Vaccination in Bombay 1863-1868 - 1863-1868
Year: 1863
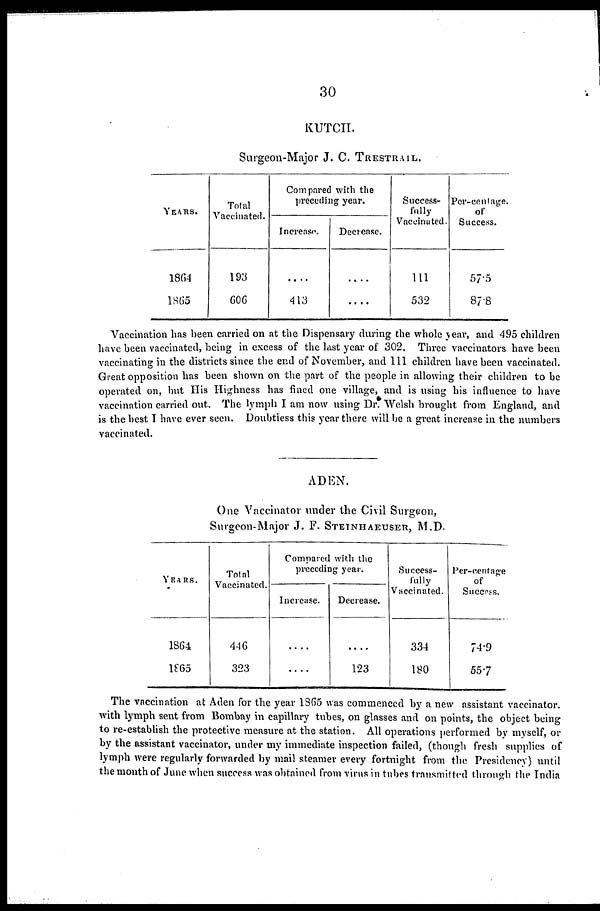
30
KUTCH.
Surgeon.Major J. C. TRESTRAIL.
YEARS.
1864
1865
Total
Vaccinated.
193
606
Compared with the
preceding year.
Increase.
....
413
Decrease.
....
....
Success-
fully
Vaccinated.
111
532
Per-centage
of
Success.
57.5
87.8
Vaccination has been carried on at the Dispensary during the whole year, and 495 children
have been vaccinated, being in excess of the last year of 302. Three vaccinators have been
vaccinating in the districts since the end of November, and 111 children have been vaccinated.
Great opposition has been shown on the part of the people in allowing their children to be
operated on, but His Highness has fined one village, and is using his influence to have
vaccination carried out. The lymph I am now using Dr. Welsh brought from England, and
is the best I have ever seen. Doubtless this year there will be a great increase in the numbers
vaccinated.
ADEN.
One Vaccinator under the Civil Surgeon,
Surgeon.Major J. F. STEINHAEUSER, M.D.
YEARS.
1864
1865
Total
Vaccinated.
446
323
Compared with the
preceding year.
Increase.
....
....
Decrease.
....
123
Success-
fully
Vaccinated.
334
180
Per-centage
of
Success.
74.9
55.7
The vaccination at Aden for the year 1865 was commenced by a new assistant vaccinator,
with lymph sent from Bombay in capillary tubes, on glasses and on points, the object being
to re-establish the protective measure at the station. All operations performed by myself, or
by the assistant vaccinator, under my immediate inspection failed, (though fresh supplies of
lymph were regularly forwarded by mail steamer every fortnight from the Presidency) until
the month of June when success was obtained from virus in tubes transmitted through the India